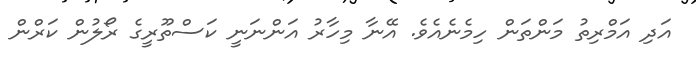
އަދި އަމްރިތު މަންތަން ހިމެނެއެވެ. އޭނާ މިހާރު އަންނަނީ ކަސްތޫރީގެ ރޯލުން ކަރްން